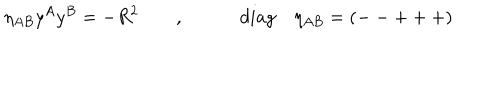
\eta _ { A B } y ^ { A } y ^ { B } = - R ^ { 2 } \quad \quad , \qquad \quad d i a g \quad \eta _ { A B } = ( -- + + + )